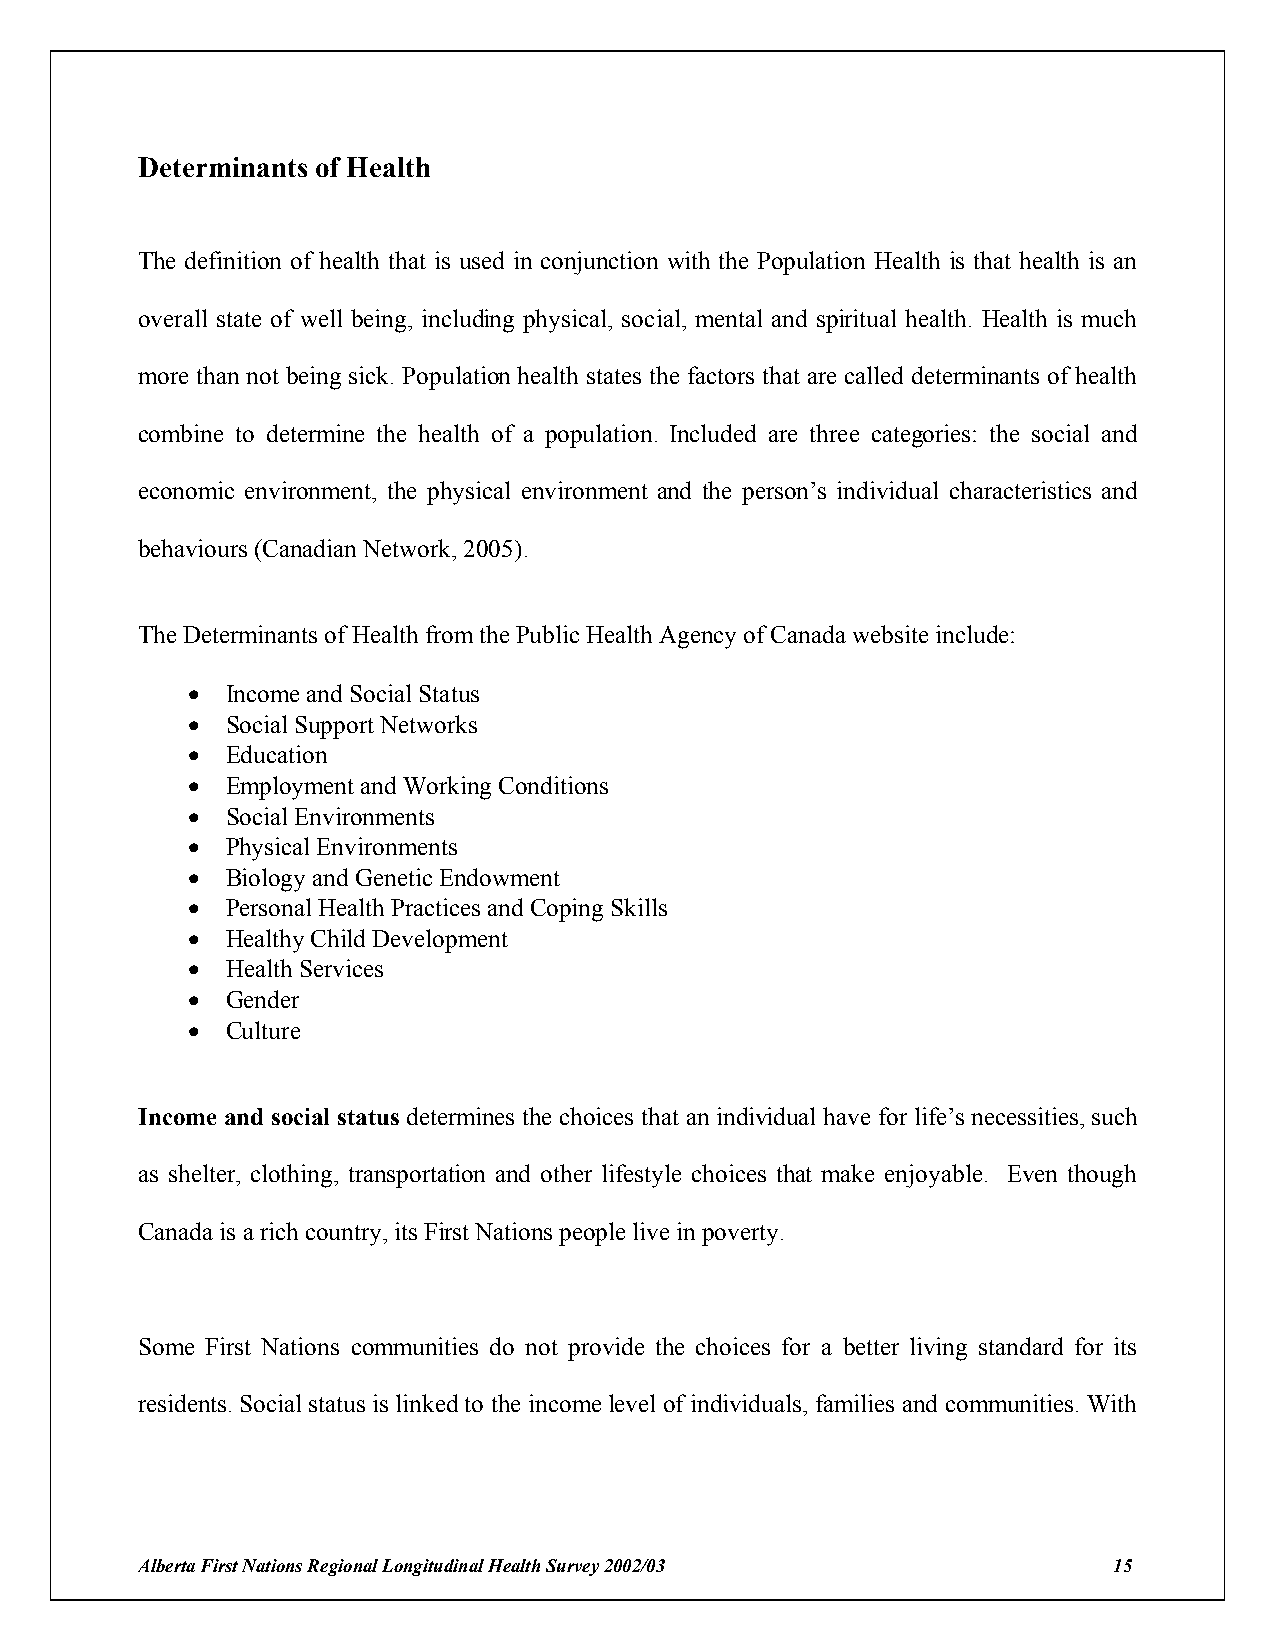
Determinants of Health
 The definition of health that is used in conjunction with the Population Health is that health is an
 overall state of well being, including physical, social, mental and spiritual health. Health is much
 more than not being sick. Population health states the factors that are called determinants of health
 combine to determine the health of a population. Included are three categories: the social and
 economic environment, the physical environment and the person’s individual characteristics and
 behaviours (Canadian Network, 2005).
 The Determinants of Health from the Public Health Agency of Canada website include:
 !  Income and Social Status
 !  Social Support Networks
 !  Education
 !  Employment and Working Conditions
 !  Social Environments
 !  Physical Environments
 !  Biology and Genetic Endowment
 !  Personal Health Practices and Coping Skills
 !  Healthy Child Development
 !  Health Services
 !  Gender
 !  Culture
 Income and social status determines the choices that an individual have for life’s necessities, such
 as shelter, clothing, transportation and other lifestyle choices that make enjoyable. Even though
 Canada is a rich country, its First Nations people live in poverty.
 Some First Nations communities do not provide the choices for a better living standard for its
 residents. Social status is linked to the income level of individuals, families and communities. With
 Alberta First Nations Regional Longitudinal Health Survey 2002/03 15